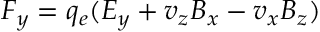
F _ { y } = q _ { e } ( E _ { y } + v _ { z } B _ { x } - v _ { x } B _ { z } )